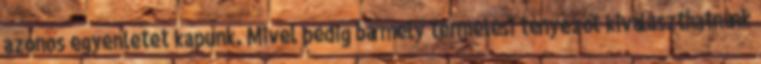
azonos egyenletet kapunk. Mivel pedig bármely termelési tényezőt kiválaszthatnánk